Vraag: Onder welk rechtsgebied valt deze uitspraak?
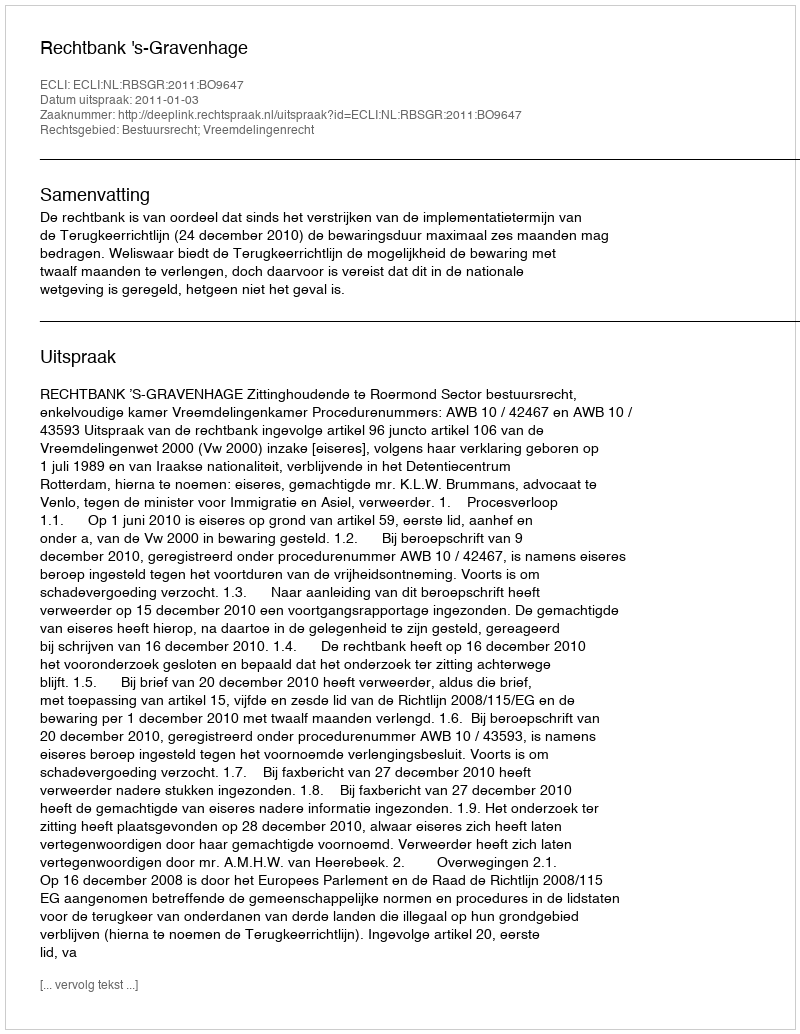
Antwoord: Bestuursrecht; Vreemdelingenrecht